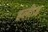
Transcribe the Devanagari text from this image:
हलीज़